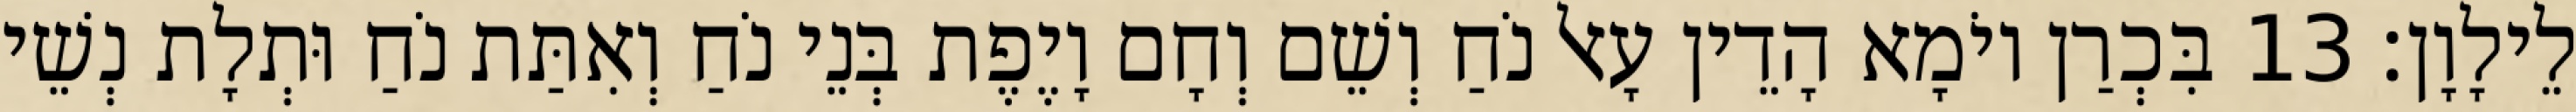
לֵילָוָן׃ 13 בִּכְרַן יוֹמָא הָדֵין עָאל נֹחַ וְשֵׁם וְחָם וָיֶפֶת בְּנֵי נֹחַ וְאִתַּת נֹחַ וּתְלָת נְשֵׁי